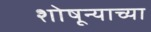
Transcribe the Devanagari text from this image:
शोषून्याच्या